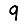
Digit: 9